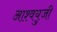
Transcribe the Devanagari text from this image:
आश्वयुजी